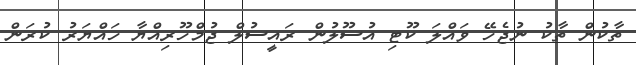
ތާކުން ތާކު ނުޖެހޭ ވައްލަ ކޫޓި އުސޫލުން ރައީސުލް ޖުމްހޫރިއްޔާ ހައްޔަރު ކުރަން